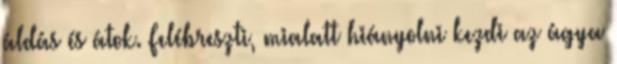
áldás és átok. Felébreszti, mialatt hiányolni kezdi az ágya